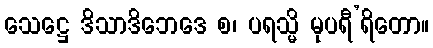
သေဋ္ဌေ ဒိသာဒိဘေဒေ စ၊ ပရသ္မိ မုပရီ’ရိတော။